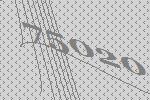
75020